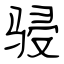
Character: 骎